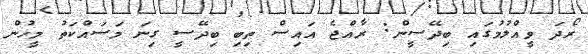
ރޯދަ ވީއްލުމުގައި ބިދޭސީން: ރާއްޖެ އައިސް ތިބި ބިދޭސީ ގިނަ މަސައްކަތު މީހުން